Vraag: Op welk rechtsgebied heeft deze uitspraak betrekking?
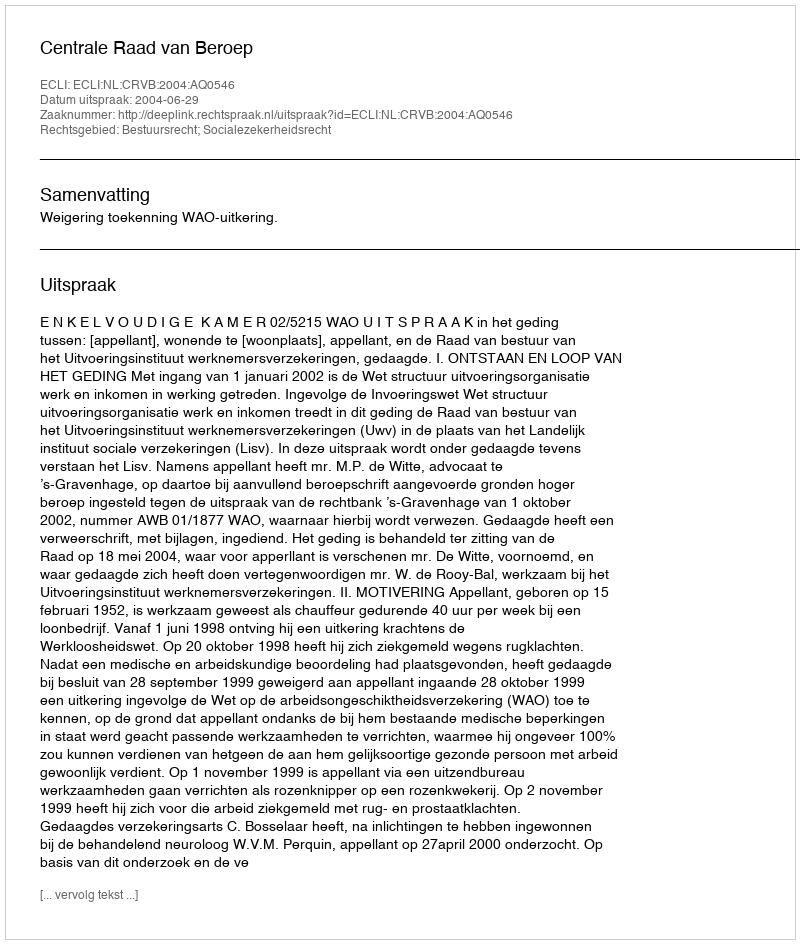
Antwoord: Bestuursrecht; Socialezekerheidsrecht